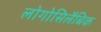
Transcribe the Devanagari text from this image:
लोगोसिलैबिक